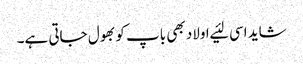
شاید اسی لئیے اولاد بھی باپ کو بھول جاتی ہے۔